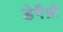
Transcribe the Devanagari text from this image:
डेगैम्रो